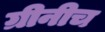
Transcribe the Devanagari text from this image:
ग्रीनीच